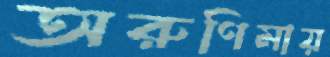
অরুণিমায়